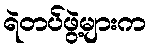
ရဲတပ်ဖွဲ့များက